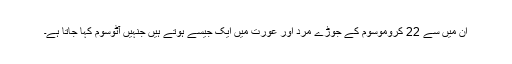
ان میں سے 22 کروموسوم کے جوڑے مرد اور عورت میں ایک جیسے ہوتے ہیں جنہیں آٹوسوم کہا جاتا ہے۔